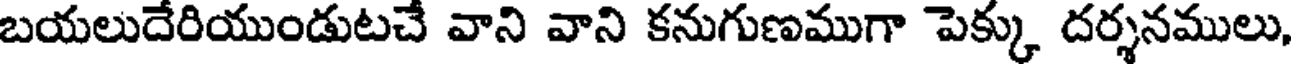
బయలుదేరియుండుటచే వాని వాని కనుగుణముగా పెక్కు దర్శనములు,